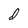
Character: d